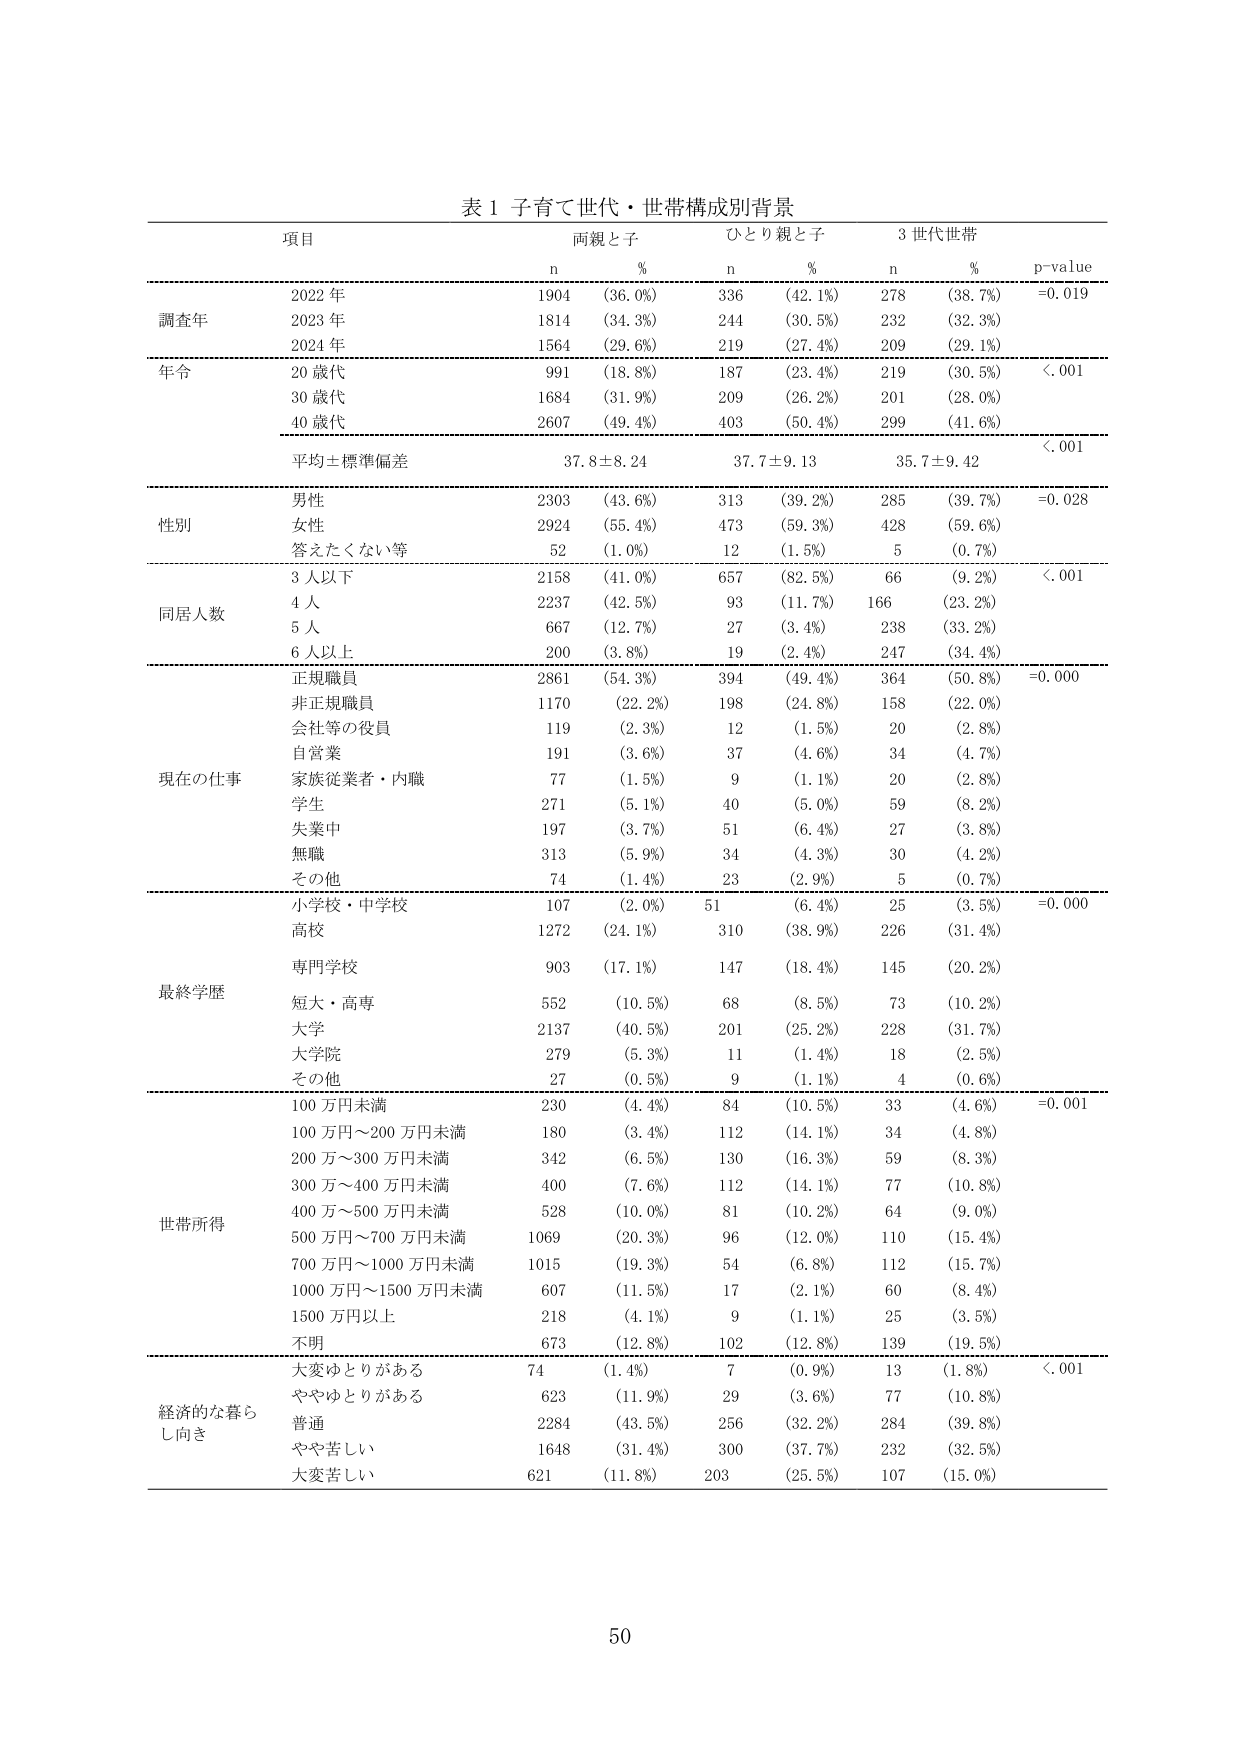
表１ 子育て世代・世帯構成別背景

項目